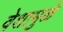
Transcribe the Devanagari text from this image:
वेशामुळे